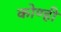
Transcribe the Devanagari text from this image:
कोण्ही